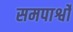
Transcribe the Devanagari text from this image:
समपार्श्वो